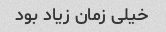
خیلی زمان زیاد بود